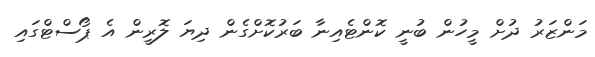
މަންޒަރު ދުށް މީހުން ބުނީ ކޮންޓެއިނާ ބަރުކޮށްގެން ދިޔަ ލޮރީން އެ ޕޯސްޓްގައި